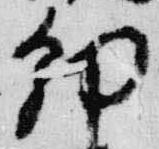
朝